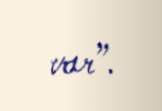
var”.